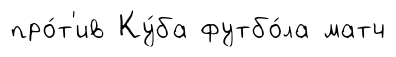
про́т'ив Ку́ба футбо́ла матч